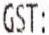
GST: